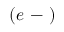
( e \mathrm { ~ - ~ } )